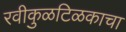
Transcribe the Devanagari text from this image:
रवीकुळटिळकाचा